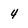
Character: 4